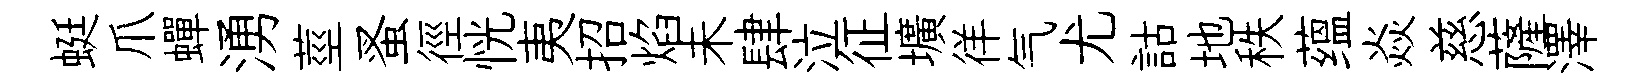
蜓爪蟬湧莖蚤徑恍夷招焰未肆泣征壙徉气尤詁地秩蕴焱慈薩澤